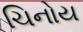
ચિનોય